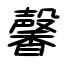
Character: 馨